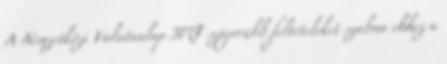
A Nemzetközi Valutaalap IMF szigorúbb feltételeket szabna ehhez a